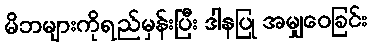
မိဘများကိုရည်မှန်းပြီး ဒါနပြု အမျှဝေခြင်း